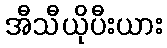
အီသီယိုပီးယား